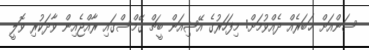
ސަންއަށް ޚަބަރެއް ދެއްވުމަށް: މިފަހަރުގެ އޭޝިއަން ބީޗް ގޭމްސްގައި ރާއްޖެއިން ވާދަކުރި ވޮލީ